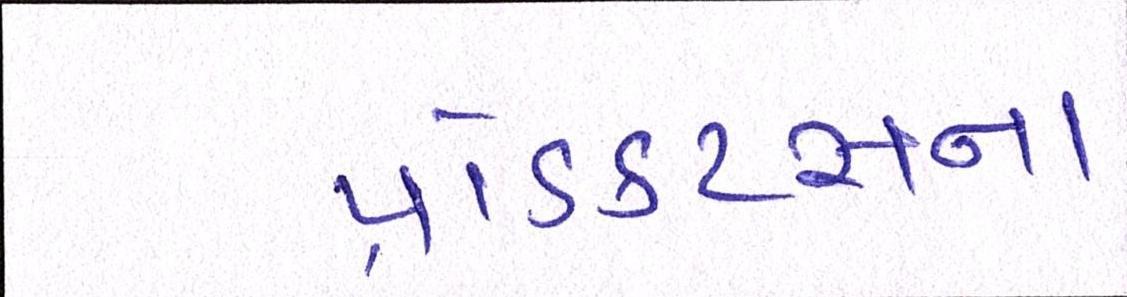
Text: પ્રોડક્ટ્સના